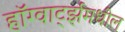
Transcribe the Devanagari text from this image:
हॉग्वार्ट्झमधील